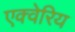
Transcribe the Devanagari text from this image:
एक्वेरिय